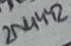
Text: 2N4442